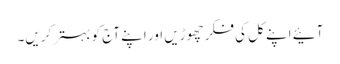
آئیے اپنے کل کی فکر چھوڑیں اور اپنے آج کو بہتر کریں۔